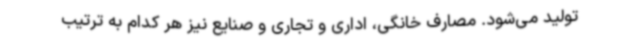
تولید می‌شود. مصارف خانگی، اداری و تجاری و صنایع نیز هر کدام به ترتیب